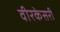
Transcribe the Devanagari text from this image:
वीरकेसरी